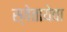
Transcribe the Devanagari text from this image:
स्वेतायेवा